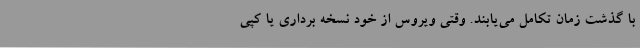
با گذشت زمان تکامل می‌یابند. وقتی ویروس از خود نسخه برداری یا کپی